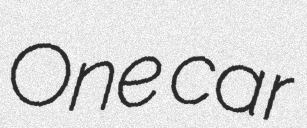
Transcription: One car